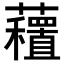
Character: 𧄗